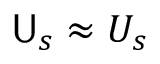
\mathsf { U } _ { s } \approx U _ { s }